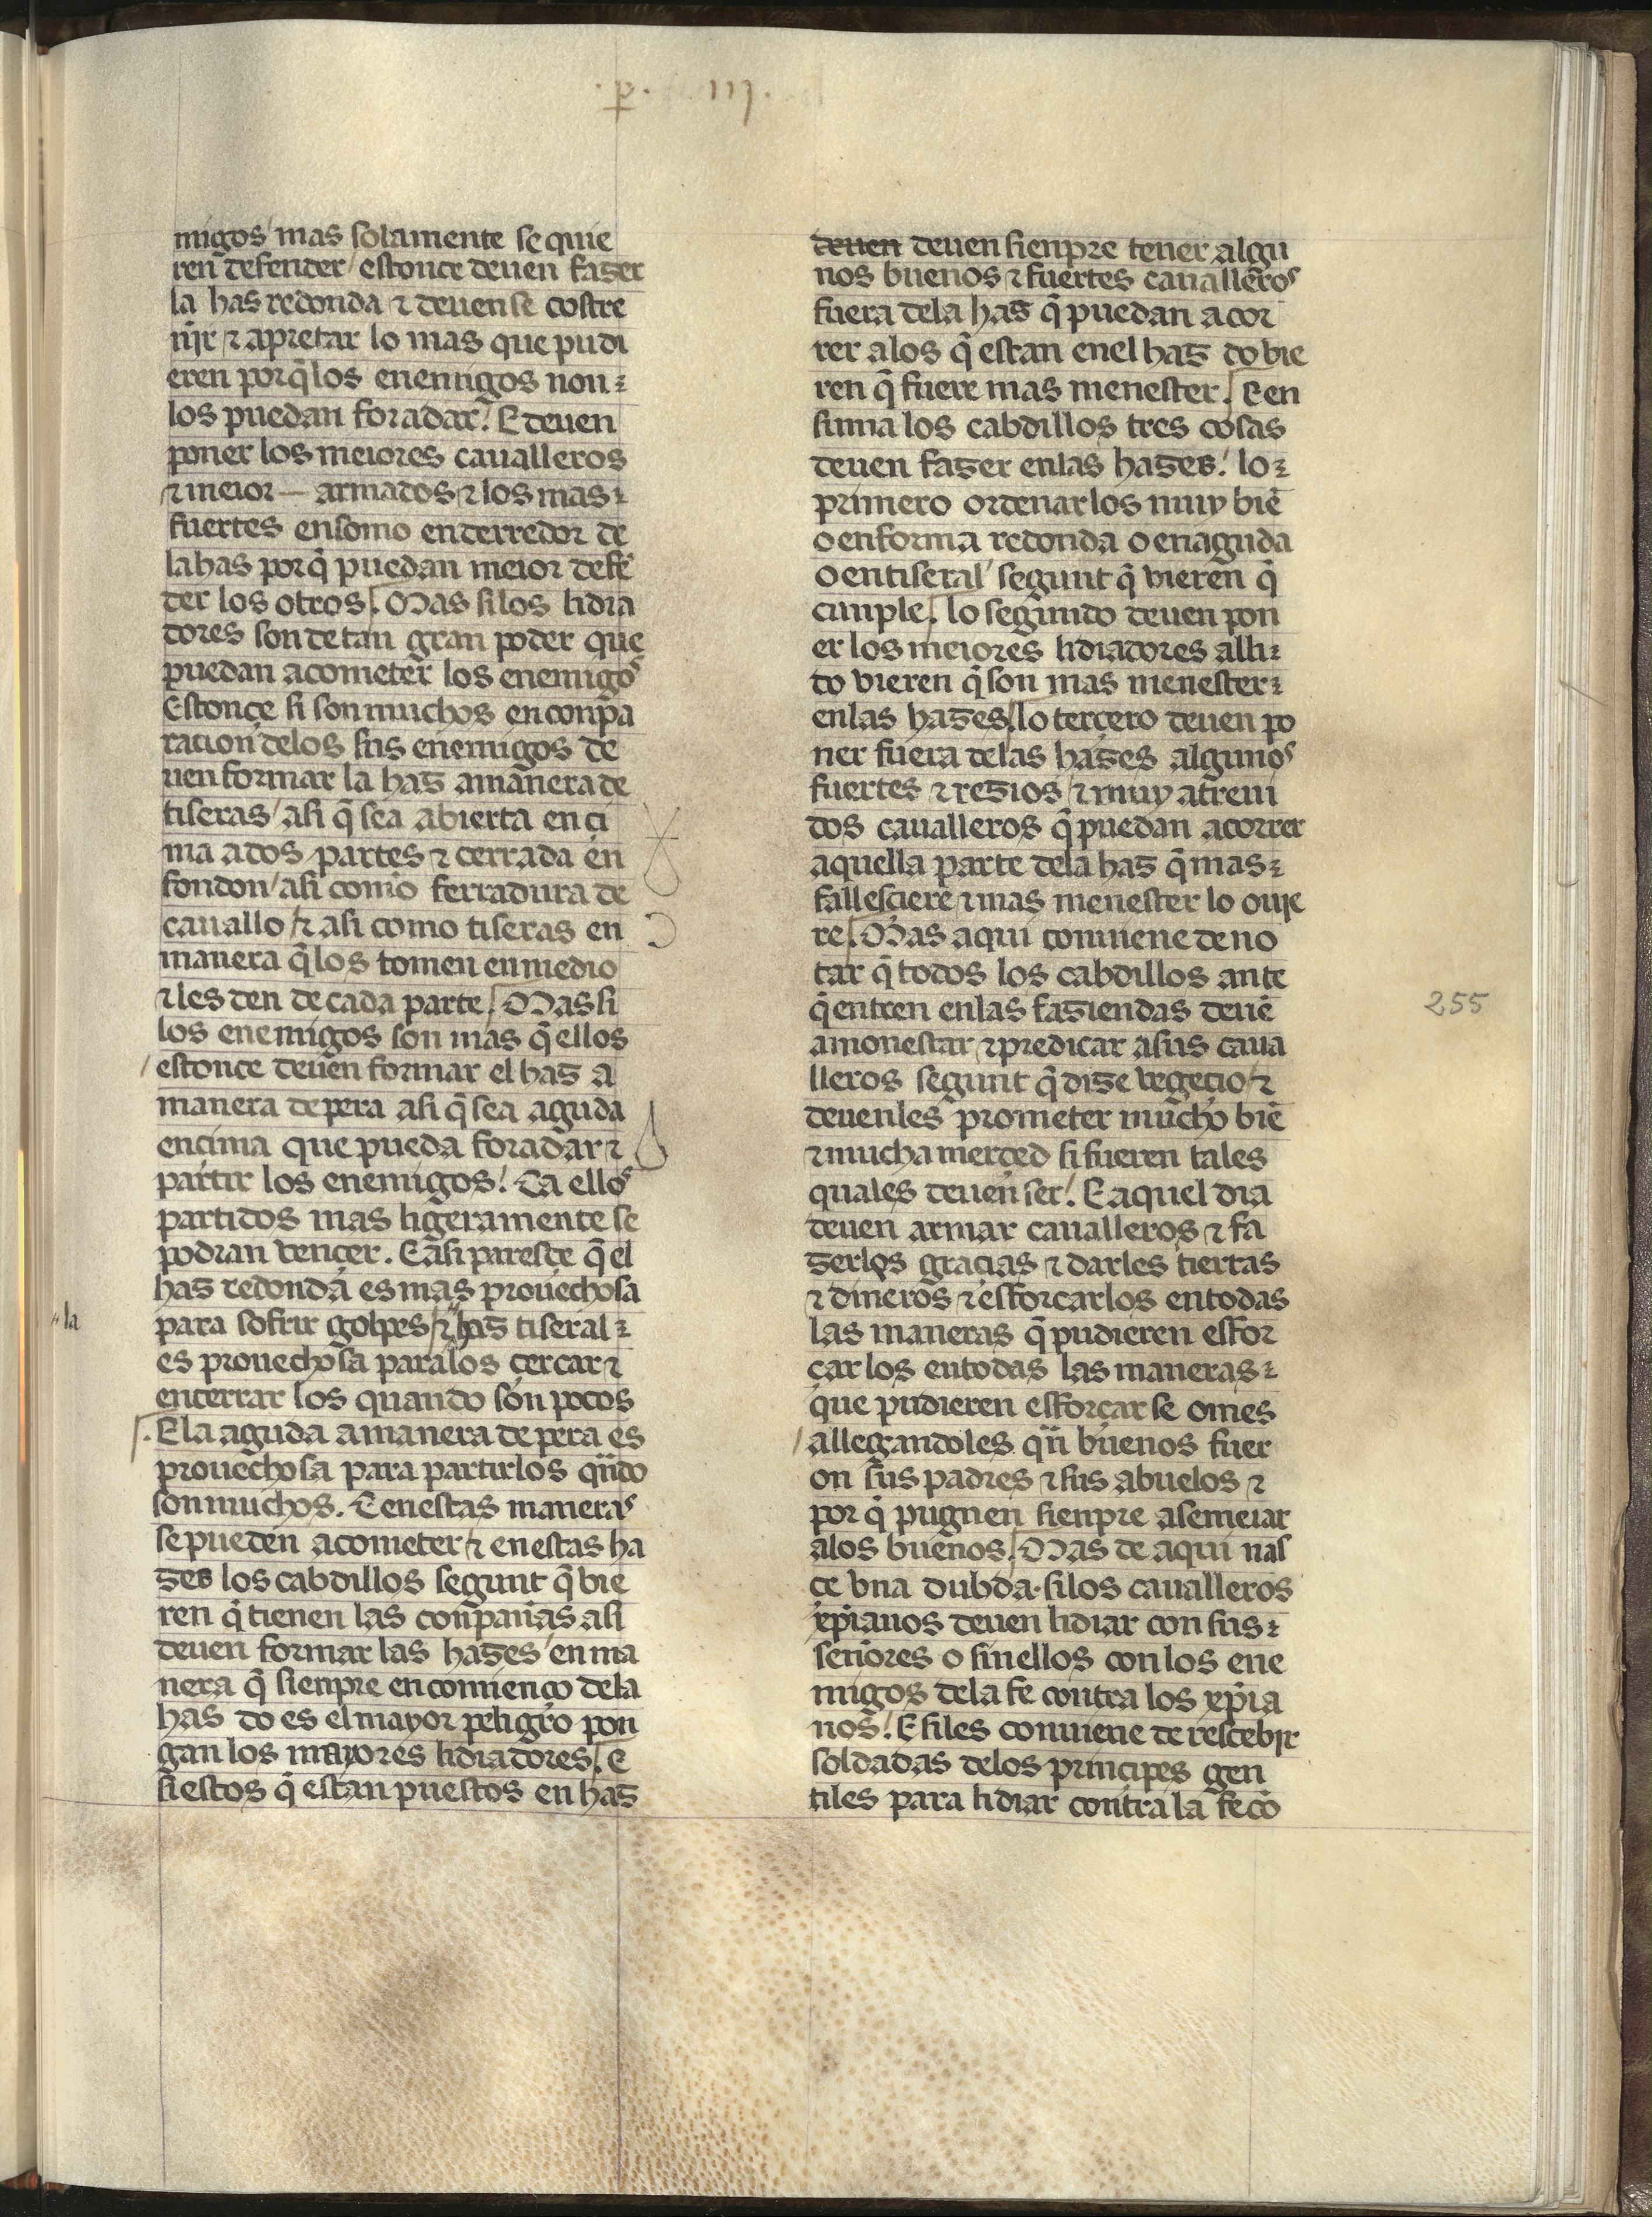
Shelfmark: Madrid, Fundación Lázaro Galdiano, mss 289
Century: 15